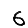
Digit: 6